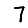
Digit: 7